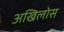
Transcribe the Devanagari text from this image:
अखिलोस